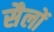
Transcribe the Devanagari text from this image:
सैलों